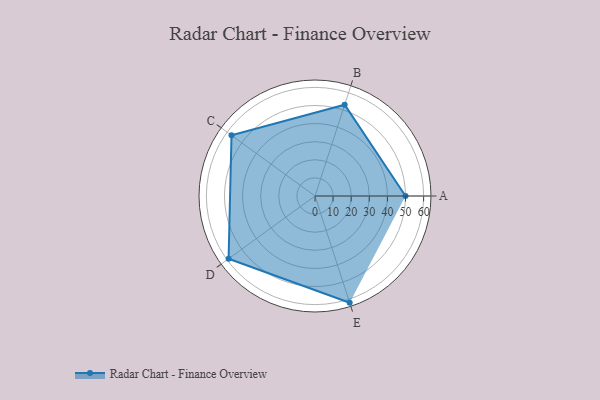
{"axis": {"x": "Skill", "y": "Score"}, "legend": ["Profile"], "data": [{"x": "A", "y": 50.0, "type": "Profile"}, {"x": "B", "y": 53.0, "type": "Profile"}, {"x": "C", "y": 57.0, "type": "Profile"}, {"x": "D", "y": 59.0, "type": "Profile"}, {"x": "E", "y": 62.0, "type": "Profile"}]}